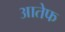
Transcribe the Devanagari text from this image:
आतेफ